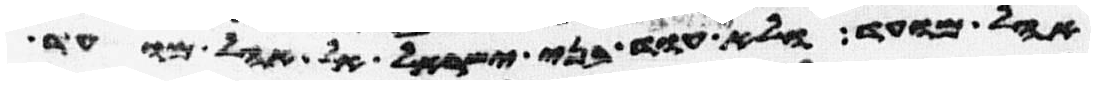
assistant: אהל מועד ולא יקרבו עוד בני ישראל אל אהל מועד